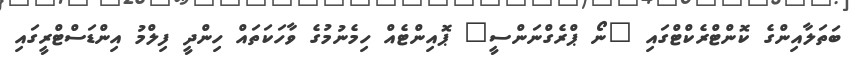
ބަތަލާއިންގެ ކޮންޓްރެކްޓްގައި "ނޯ ޕްރެގްނަންސީ" ޕޮއިންޓެއް ހިމެނުމުގެ ވާހަކަތައް ހިންދީ ފިލްމު އިންޑަސްޓްރީގައި